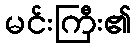
မင်းကြီး၏